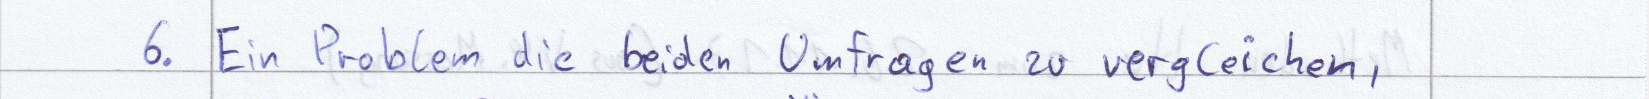
6. Ein Problem die beiden Umfragen zu vergleichen,